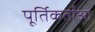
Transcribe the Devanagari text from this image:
पूर्तिकर्ताओं